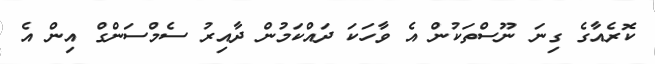
ކޮރެއާގެ ގިނަ ނޫސްތަކުން އެ ވާހަކަ ދައްކަމުން ދާއިރު ސެމްސަންގް އިން އެ